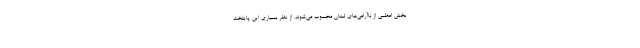
بخش اعظمی از ناآرامی‌های لبنان محسوب می‌شوند. از نظر بسیاری این پایتخت